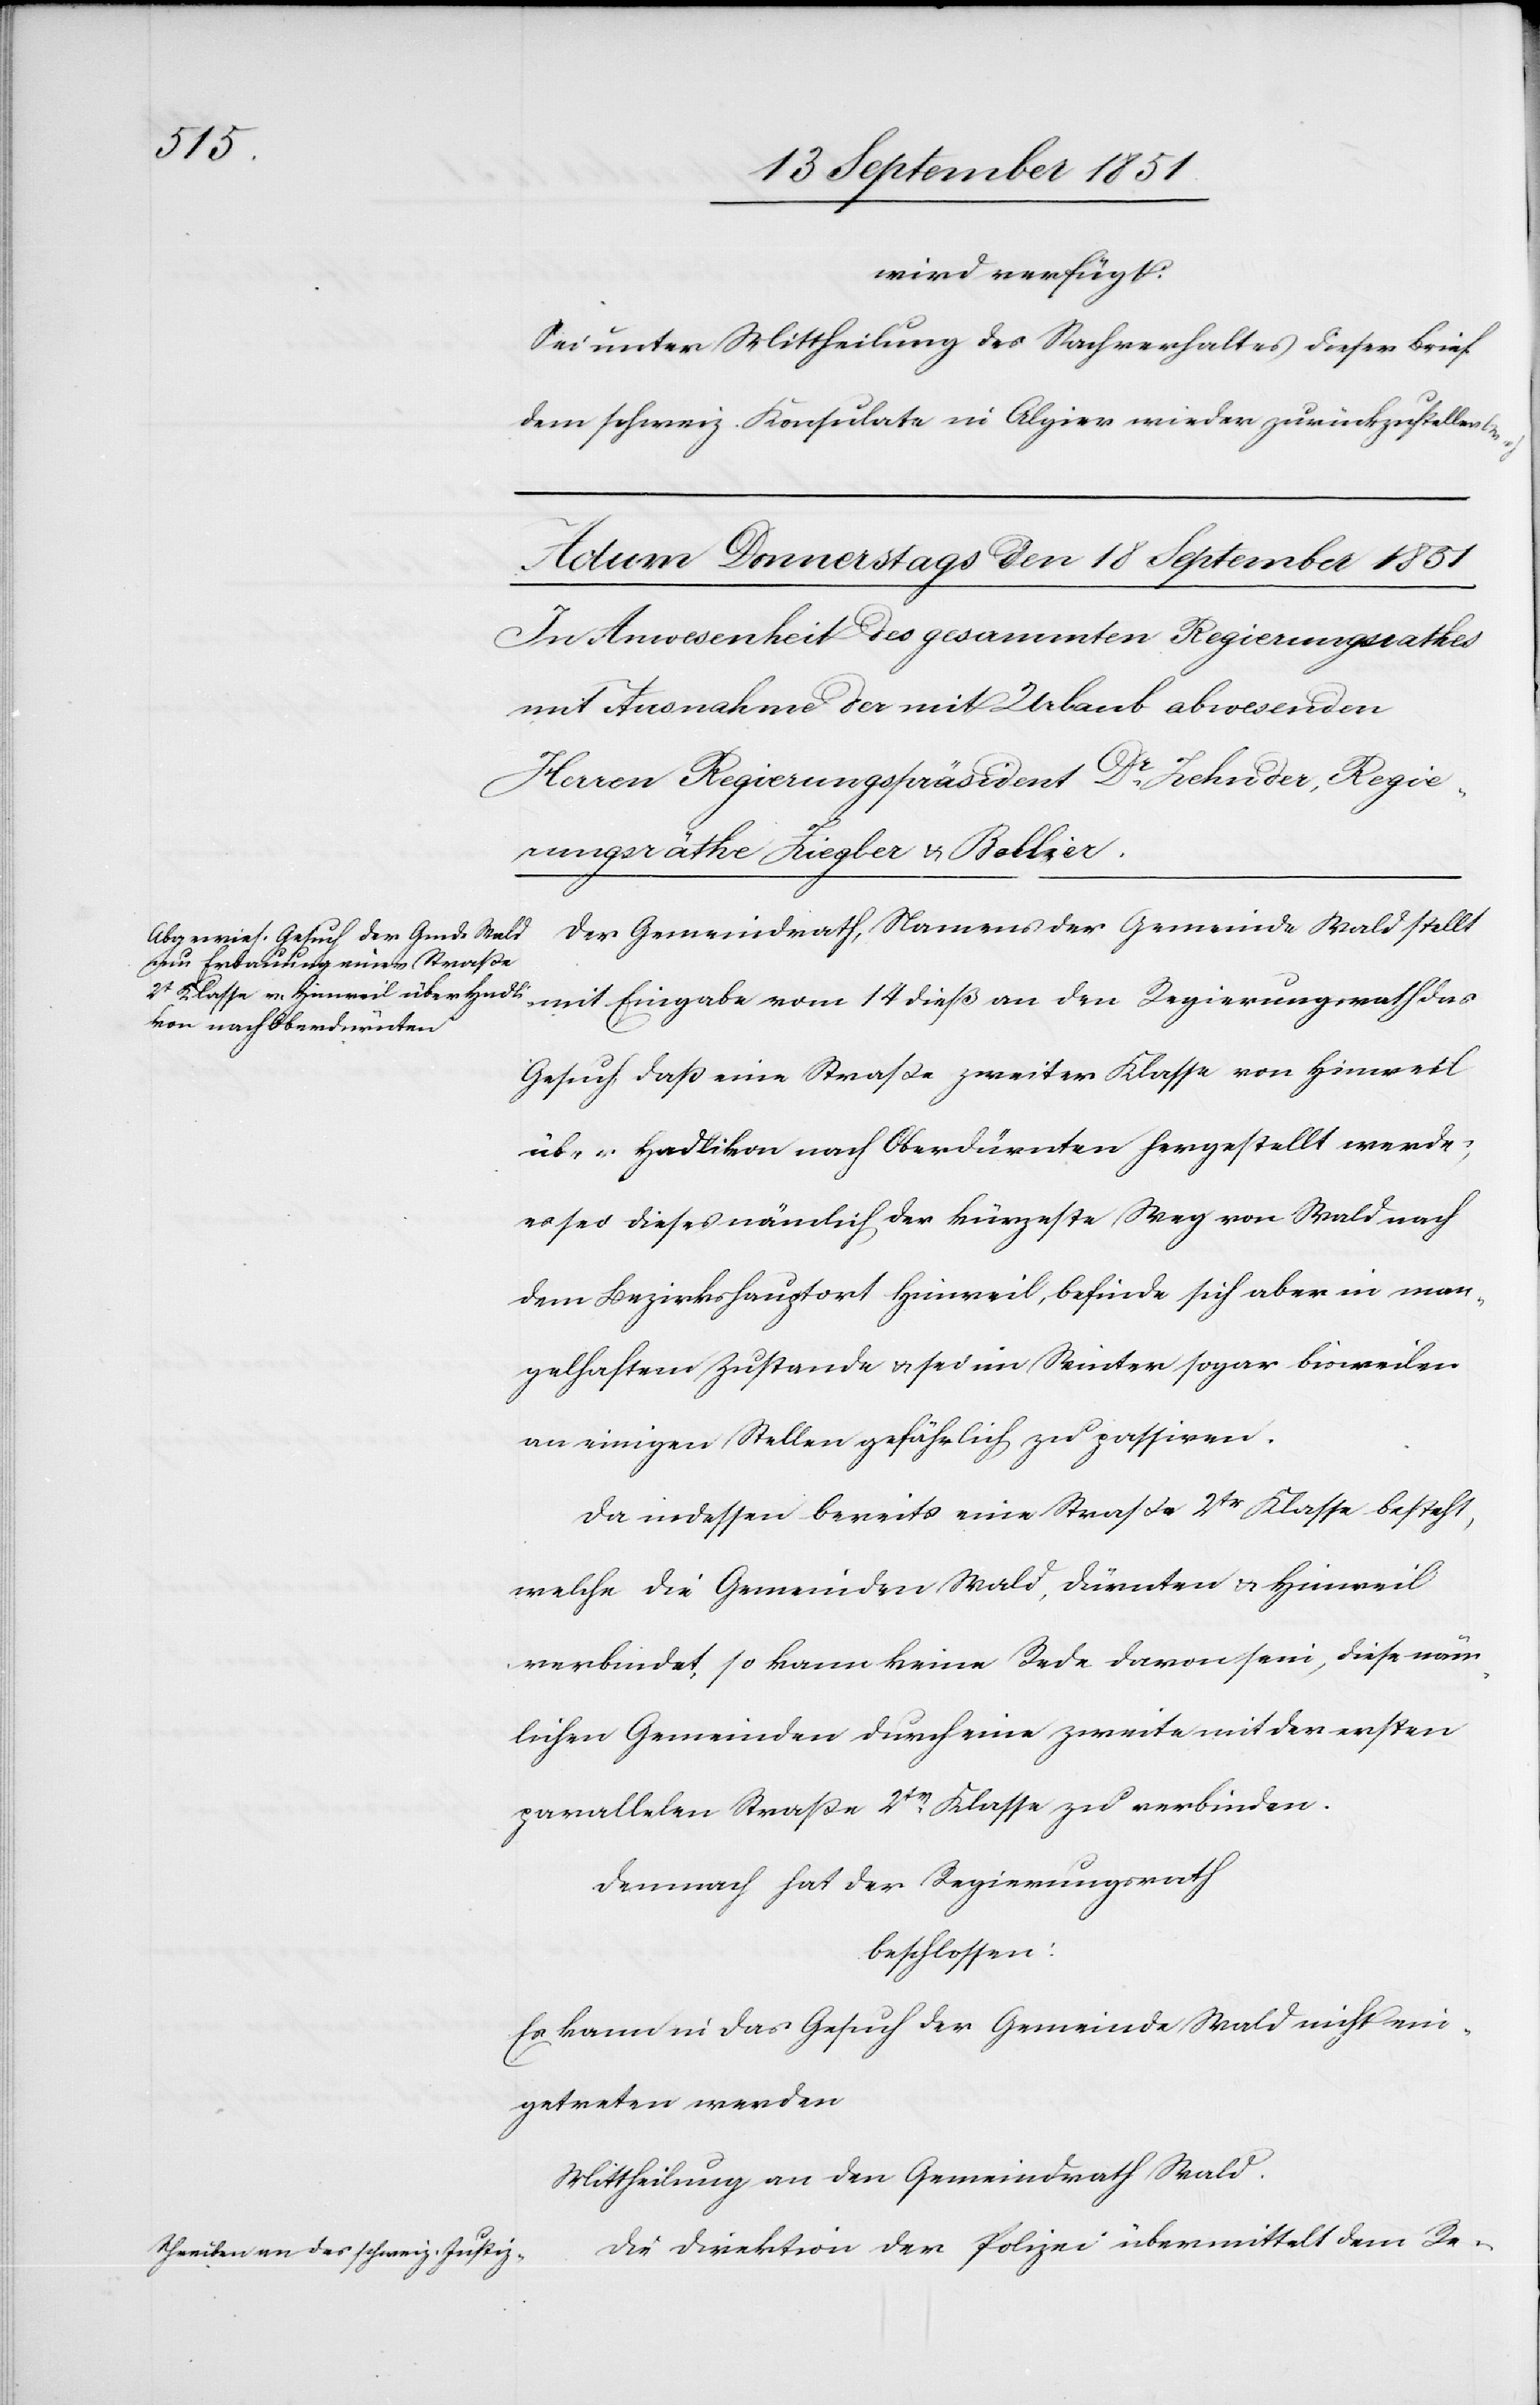
wird verfügt:
Sei unter Mittheilung des Sachverhaltes dieser Brief
dem schweiz. Konsulate in Algier wieder zurückzustellen l.
das
h.
Der Gemeindrath, Namens der Gemeinde Wald stellt
Gesuch, daß eine Straße zweiter Klasse von Hinweil
über Hadlikon nach Oberdürnten hergestellt werde;
es sei dieses nämlich der kürzeste Weg von Wald nach
dem Bezirkshauptort Hinweil, befinde sich aber in man¬
gelhaftem Zustande & sei im Winter sogar bisweilen
an einigen Stellen gefährlich zu passiren.
Da indessen bereits eine Straße 2tr Klasse besteht,
welche die Gemeinden Wald, Dürnten & Hinweil
verbindet, so kann keine Rede davon sein, diese näm¬
lichen Gemeinden durch eine zweite mit der ersten
parallelen Straße 2tr. Klasse zu verbinden.
Demnach hat der Regierungsrath
beschlossen:
Es kann in das Gesuch der Gemeinde Wald nicht ein¬
getreten werden
Mittheilung an den Gemeindrath Wald.
Die Direktion der Polizei übermittelt dem Re-